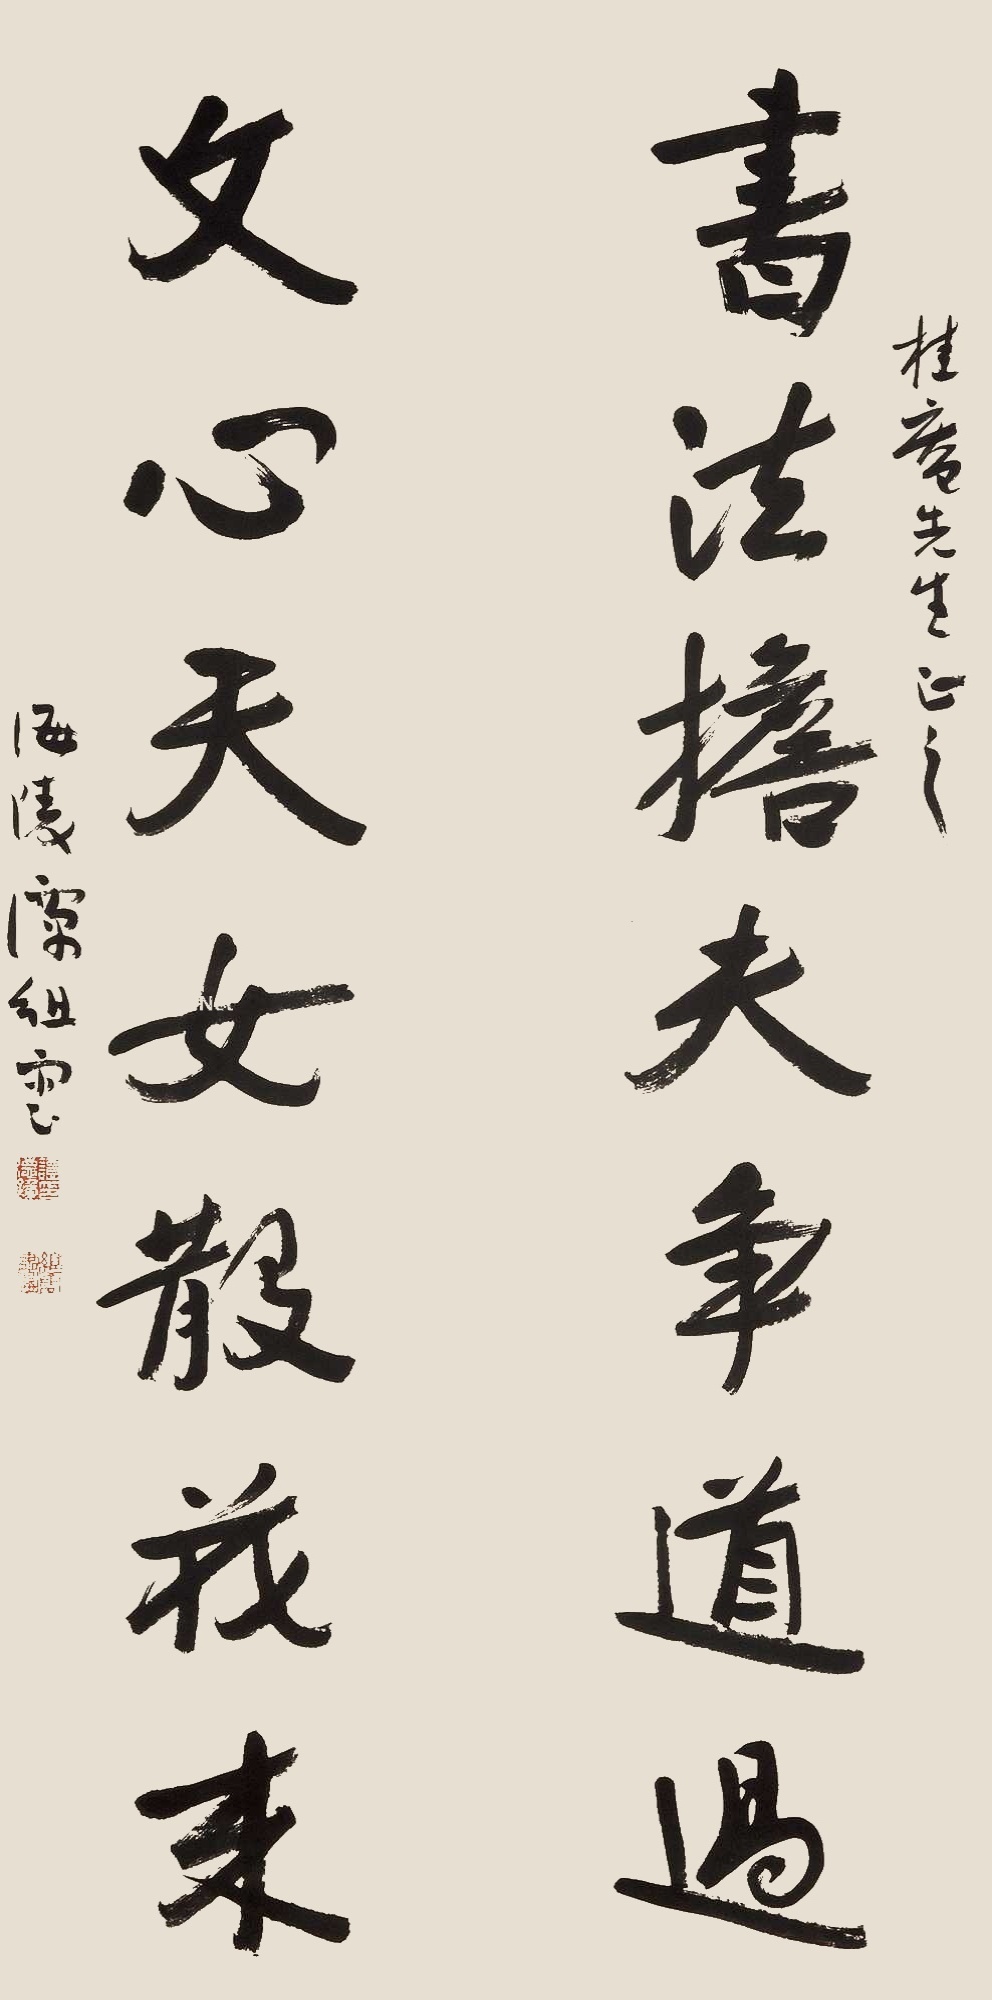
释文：书法担夫争道过，文心天女散花来。桂庵先生正之，海陵谭组云。